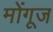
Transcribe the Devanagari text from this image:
मोंगूज